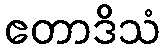
ဧတာဒိသံ